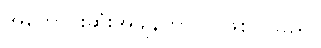
အကောင်းဆုံးအချိန်ကာလ ဖြစ်ပါသည်။